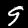
Label: 9